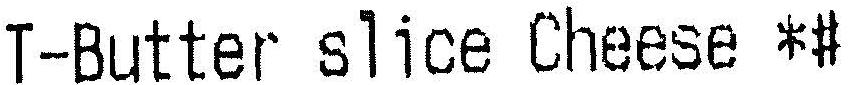
T-BUTTER SLICE CHEESE *#